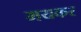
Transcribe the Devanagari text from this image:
मयकर